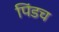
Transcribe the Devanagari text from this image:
पिंडच